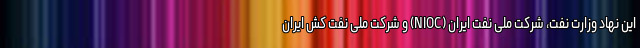
این نهاد وزارت نفت، شرکت ملی نفت ایران (NIOC) و شرکت ملی نفت کش ایران